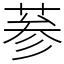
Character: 𦲞